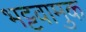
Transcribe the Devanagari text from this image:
भट्टवामुक